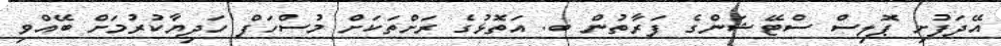
އޭދަފުށި ޕޮލިސް ސްޓޭޝަންގެ ފަރާތުން ބ. އަތޮޅުގެ ރަށްތަކަށް މުސްހަފް ހަދިޔާކުރުމަށް ބޭއްވި